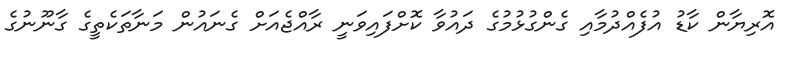
އޮރިޔާން ކާޑު އުފެއްދުމާއި ގެންގުޅުމުގެ ދައުވާ ކޮށްފައިވަނީ ރާއްޖެއަށް ގެނައުން މަނާތަކެތީގެ ގާނޫނުގެ